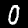
Digit: 0